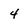
Character: 4